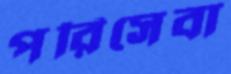
পরিসেবা